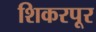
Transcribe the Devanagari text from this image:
शिकरपूर